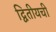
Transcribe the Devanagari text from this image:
द्वितीयची